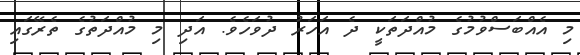
މި އެއްބަސްވުމުގެ މުއްދަތަކީ ދެ އަހަރު ދުވަހެވެ. އަދި މި މުއްދަތުގެ ތެރޭގައި